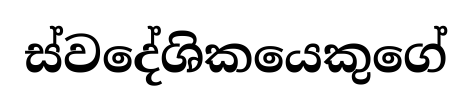
ස්වදේශිකයෙකුගේ